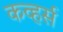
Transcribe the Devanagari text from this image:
कव्हर्स